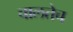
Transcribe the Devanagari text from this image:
चालतेच